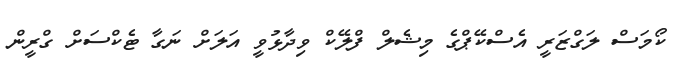
ކޯމަސް ލަގްޒަރީ އެސްކޭޕްގެ މިޝެލް ފްލޭކް ވިދާޅުވީ އަލަށް ނަގާ ޓެކްސަށް ގްރީން